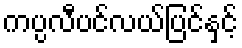
ကပ္ပလီပင်လယ်ပြင်နှင့်